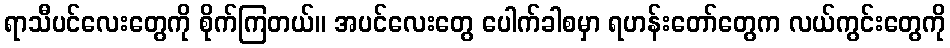
ရာသီပင်လေးတွေကို စိုက်ကြတယ်။ အပင်လေးတွေ ပေါက်ခါစမှာ ရဟန်းတော်တွေက လယ်ကွင်းတွေကို